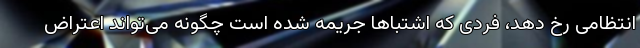
انتظامی رخ دهد، فردی که اشتباها جریمه شده است چگونه می‌تواند اعتراض